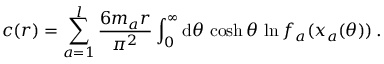
c ( r ) = \sum _ { a = 1 } ^ { l } \frac { 6 m _ { a } r } { \pi ^ { 2 } } \int _ { 0 } ^ { \infty } \mathrm { d } \theta \, \cosh \theta \, \ln f _ { a } ( x _ { a } ( \theta ) ) \, .